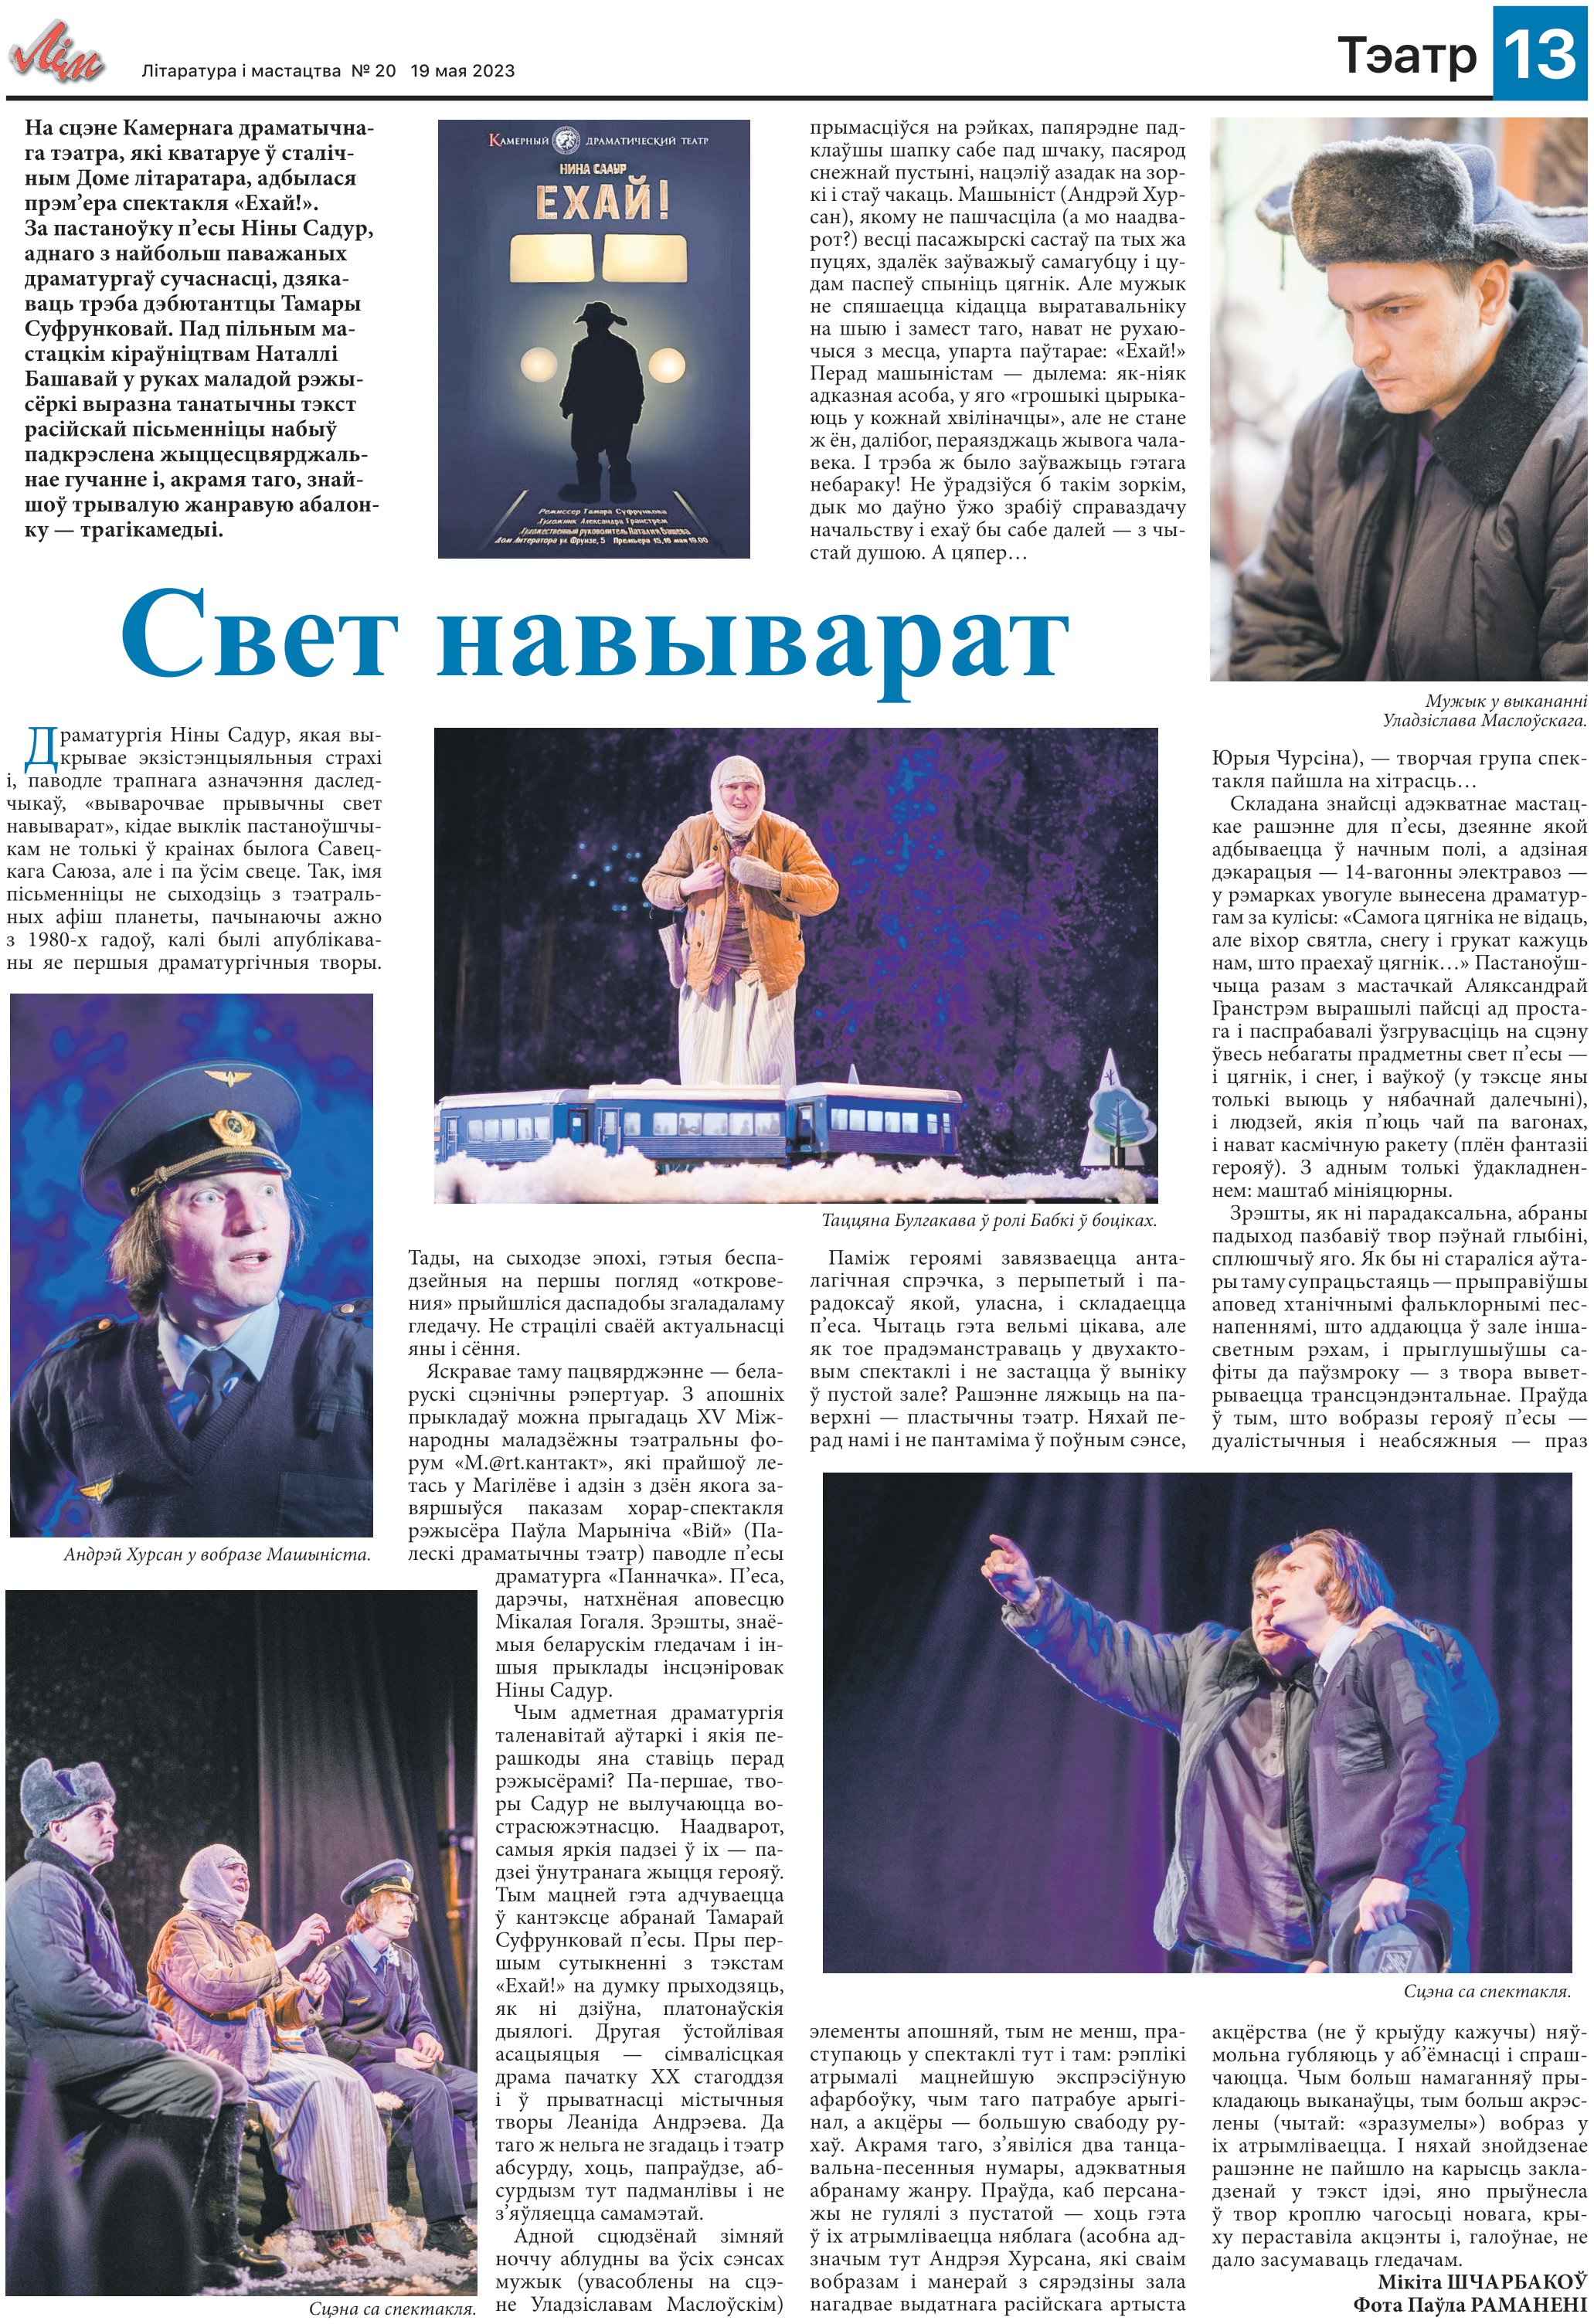
Language: be